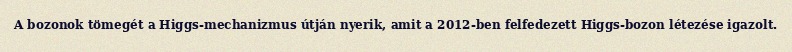
A bozonok tömegét a Higgs-mechanizmus útján nyerik, amit a 2012-ben felfedezett Higgs-bozon létezése igazolt.